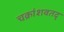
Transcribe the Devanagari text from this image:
चक्रांशवतद्